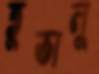
তুভালু